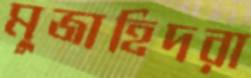
মুজাহিদরা